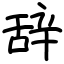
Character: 辞